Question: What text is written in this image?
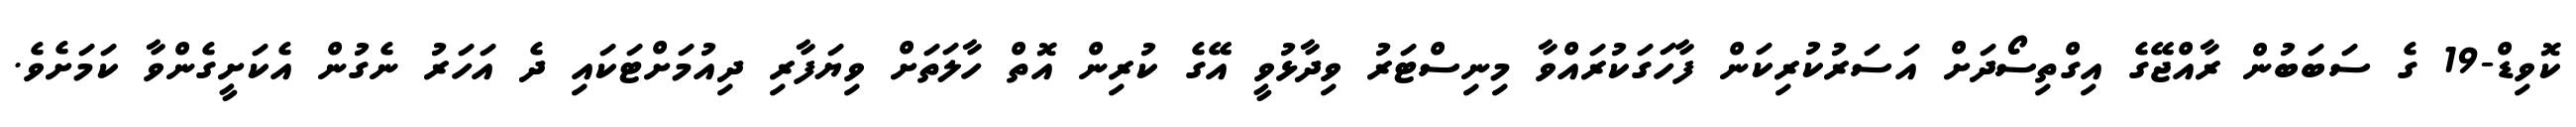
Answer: ކޮވިޑް-19 ގެ ސަބަބުން ރާއްޖޭގެ އިގްތިސޯދަށް އަސަރުކުރިކަން ފާހަގަކުރައްވާ މިނިސްޓަރު ވިދާޅުވީ އޭގެ ކުރިން އޮތް ހާލަތަށް ވިޔަފާރި ދިއުމަށްޓަކައި ދެ އަހަރު ނެގުން އެކަށީގެންވާ ކަމަށެވެ.